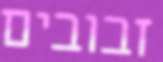
זבובים